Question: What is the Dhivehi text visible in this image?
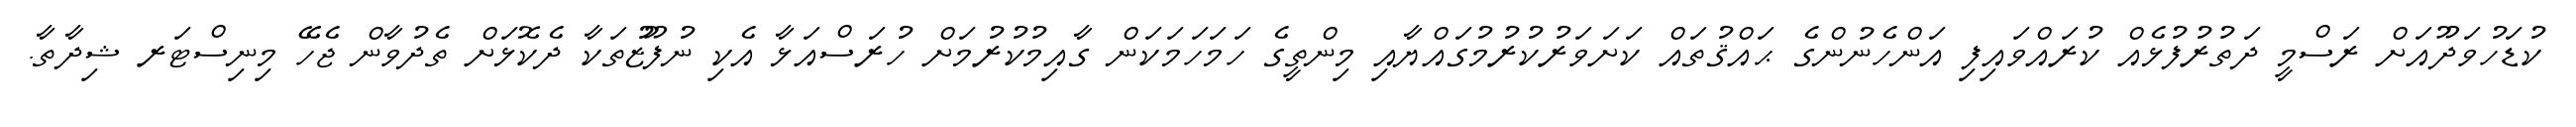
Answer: ކުޑަހުވަދޫއަށް ރަސްމީ ދަތުރުފުޅެއް ކުރައްވައިފި އަންހެނުންގެ ޙައްޤުތައް ކަށަވަރުކުރުމުގައްޔާއި މިންތީގެ ހަމަހަމަކަން ގާއިމުކުރުމަށް ހުރަސްއަޅާ އެކި ނުފޫޒުތަކާ ދެކޮޅަށް ތެދުވާން ޖެހޭ މިނިސްޓަރ ޝިދާތާ.